Investigations on Bengal jail dietaries - Number 37
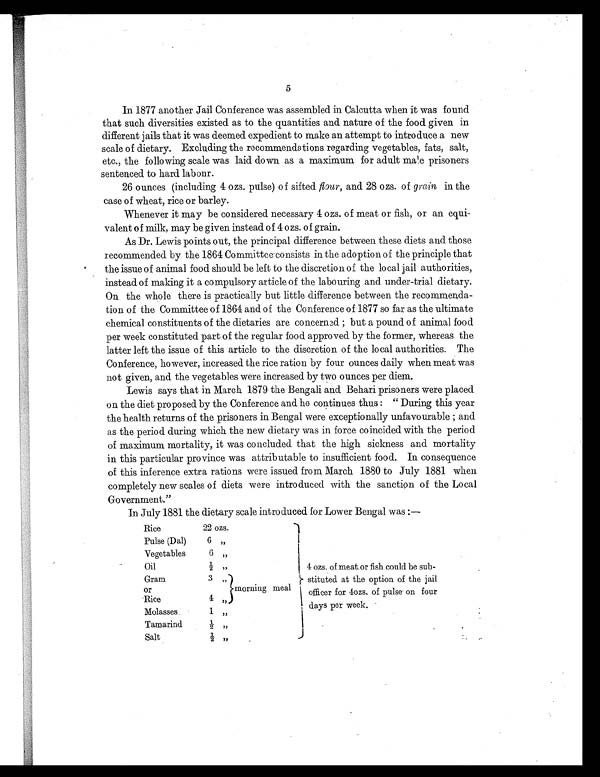
5
In 1877 another Jail Conference was assembled in Calcutta when it was found
that such diversities existed as to the quantities and nature of the food given in
different jails that it was deemed expedient to make an attempt to introduce a new
scale of dietary. Excluding the recommendations regarding vegetables, fats, salt,
etc., the following scale was laid down as a maximum for adult male prisoners
sentenced to hard labonr.
26 ounces (including 4 ozs. pulse) of sifted flour, and 28 ozs. of grain in the
case of wheat, rice or barley.
Whenever it may be considered necessary 4 ozs. of meat or fish, or an equi-
valent of milk, may be given instead of 4 ozs. of grain.
As Dr. Lewis points out, the principal difference between these diets and those
recommended by the 1864 Committee consists in the adoption of the principle that
the issue of animal food should be left to the discretion of the local jail authorities,
instead of making it a compulsory article of the labouring and under-trial dietary.
On the whole there is practically but little difference between the recommenda-
tion of the Committee of 1864 and of the Conference of 1877 so far as the ultimate
chemical constituents of the dietaries are concerned; but a pound of animal food
per week constituted part of the regular food approved by the former, whereas the
latter left the issue of this article to the discretion of the local authorities. The
Conference, however, increased the rice ration by four ounces daily when meat was
not given, and the vegetables were increased by two ounces per diem.
Lewis says that in March 1879 the Bengali and Behari prisoners were placed
on the diet proposed by the Conferenceand he continues thus: "During this year
the health returns of the prisoners in Bengal were exceptionally unfavourable; and
as the period during which the new dietary was in force coincided with the period
of maximum mortality, it was concluded that the high sickness and mortality
in this particular province was attributable to insufficient food. In consequence
of this inference extra rations were issued from March 1880 to July 1881 when
completely new scales of diets were introduced with the sanction of the Local
Government."
In July 1881 the dietary scale introduced for Lower Bengal was :—
Rice
22 ozs.
4 ozs. of meat or fish could be sub-
stituted at the option of the jail
officer for 4ozs. of pulse on four
days per week.
Pulse (Dal)
6 "
Vegetables
6
"
Oil
½
"
Gram
or
3
"
morning meal
Rice
4
"
Molasses
1
"
Tamarind
½
"
Salt
½
"